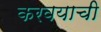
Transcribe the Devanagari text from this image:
करवयाची